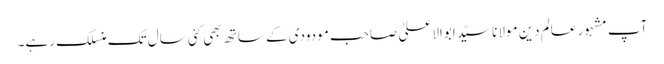
آپ مشہور عالم دین مولانا سیّد ابوالاعلیٰ صاحب مودودی کے ساتھ بھی کئی سال تک منسلک رہے۔